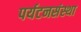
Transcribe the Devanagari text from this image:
पर्यटनसंस्था